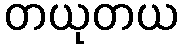
တယုတယ